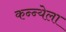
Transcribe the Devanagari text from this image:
कन्न्येला